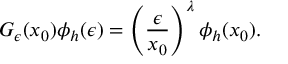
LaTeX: G _ { \epsilon } ( x _ { 0 } ) \phi _ { h } ( \epsilon ) = \left( { \frac { \epsilon } { x _ { 0 } } } \right) ^ { \lambda } \phi _ { h } ( x _ { 0 } ) .